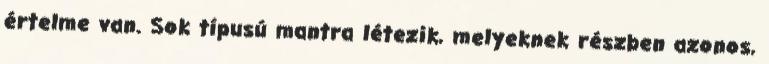
értelme van. Sok típusú mantra létezik, melyeknek részben azonos,